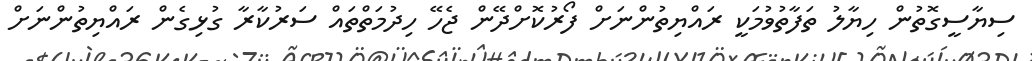
ސިޔާސީގޮތުން ހިޔާލު ތަފާތުވުމަކީ ރައްޔިތުންނަށް ފޯރުކޮށްދޭން ޖެހޭ ހިދުމަތްތައް ސަރުކާރާ ގުޅިގެން ރައްޔިތުންނަށް